Report on vaccination in the Province of Bengal - 1869-1873
Year: 1869
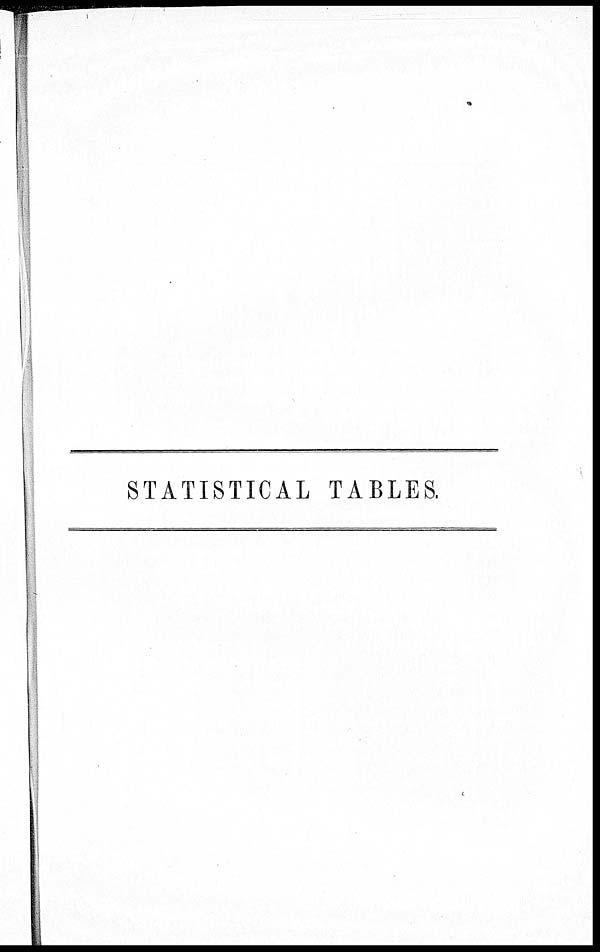
STATISTICAL TABLES.